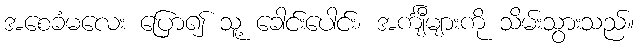
အစေခံမလေး ပြော၍ သူ့ ခေါင်းပေါင်း၊ အင်္ကျီများကို သိမ်းသွားသည်။